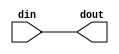
/////////////////////////////////////////
////////////////////////////////////////
// `timescale 1ns / 1ps

/*
  Primitive Description:

                 |------------------------------------------------|
                 |                                                |
           din --|--> I_BUF                                       |
                 |                                                |
                 |                                        O_BUF --|--> dout
                 |                                                |
                 |------------------------------------------------|

  SW Readiness:

    SYN:: Yes
    PPDB:: Yes
    BitGen:: Yes

  Testing (Simulation/Emulator):

    Not Yet

  Source:

    GJC-18 + GJC-19
*/

module top(
  input wire din,
  output wire dout
);
  assign dout = din;
endmodule